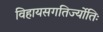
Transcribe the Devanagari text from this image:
विहायसगतिर्ज्योतिः